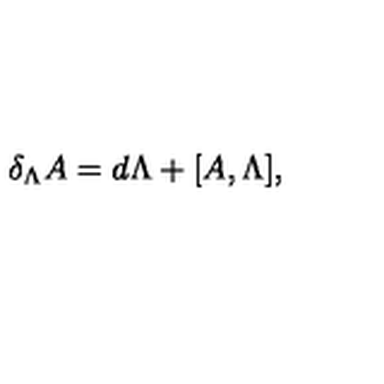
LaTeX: \delta _ { \Lambda } A = d \Lambda + [ A , \Lambda ] ,